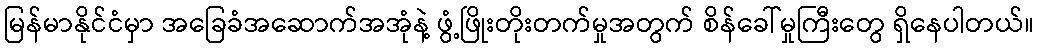
မြန်မာနိုင်ငံမှာ အခြေခံအဆောက်အအုံနဲ့ ဖွံ့ဖြိုးတိုးတက်မှုအတွက် စိန်ခေါ်မှုကြီးတွေ ရှိနေပါတယ်။